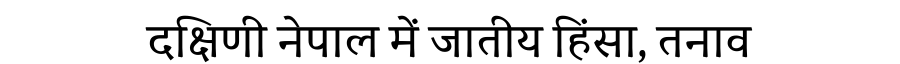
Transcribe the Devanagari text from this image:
दक्षिणी नेपाल में जातीय हिंसा, तनाव